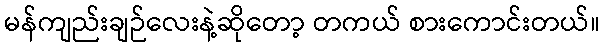
မန်ကျည်းချဉ်လေးနဲ့ဆိုတော့ တကယ် စားကောင်းတယ်။